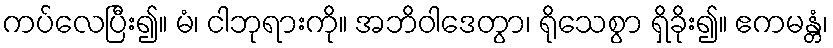
ကပ်လေပြီး၍။ မံ၊ ငါဘုရားကို။ အဘိဝါဒေတွာ၊ ရိုသေစွာ ရှိခိုး၍။ ဧကမန္တံ၊